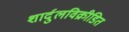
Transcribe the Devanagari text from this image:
शार्दुलविक्रीडित